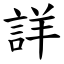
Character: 詳